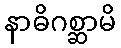
နာဓိဂစ္ဆာမိ